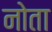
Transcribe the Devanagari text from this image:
नोता